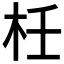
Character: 𣐅